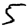
Digit: 5